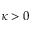
\kappa > 0